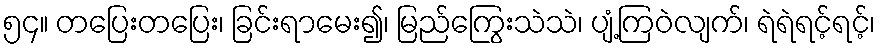
၅၄။ တပြေးတပြေး၊ ခြင်းရာမေး၍၊ မြည်ကြွေးသဲသဲ၊ ပျံ့ကြဝဲလျက်၊ ရဲရဲရင့်ရင့်၊